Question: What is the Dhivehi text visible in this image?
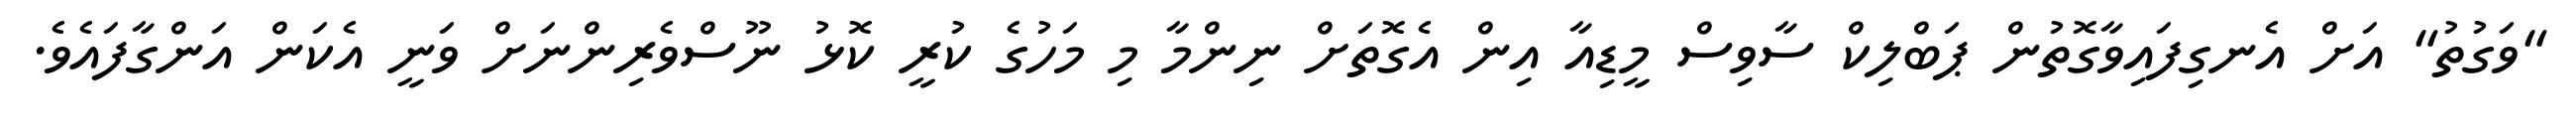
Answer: "ވަގުތު" އަށް އެނގިފައިވާގޮތުން ޕަބްލިކް ސާވިސް މީޑިއާ އިން އެގޮތަށް ނިންމާ މި މަހުގެ ކުރީ ކޮޅު ނޫސްވެރިންނަށް ވަނީ އެކަން އަންގާފައެވެ.